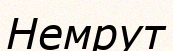
Немрут